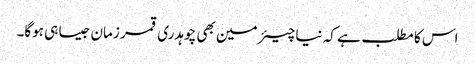
اس کا مطلب ہے کہ نیا چیئرمین بھی چوہدری قمر زمان جیسا ہی ہوگا۔